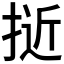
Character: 𭡕